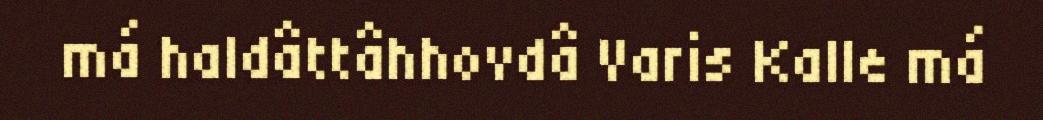
má haldâttâhhovdâ Varis Kalle má